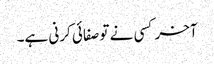
آخر کسی نے تو صفائی کرنی ہے۔